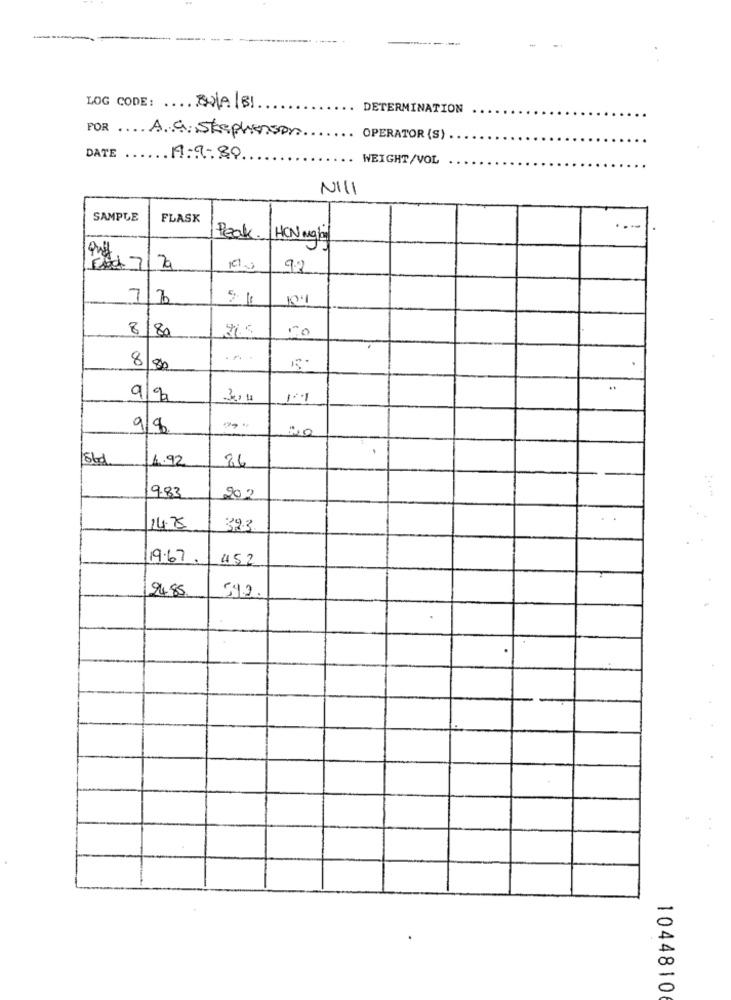
LOG CODE: N/A/B1
DETERMINATION
FOR A.G. Stephenson.
OPERATOR (S) .
DATE
...
.19.9.89
WEIGHT/VOL
NILI
SAMPLE
FLASK
..-
Peak.
HON mail
9.2
8/80
365
8
3,10
9/9
1.92
86
9.83
202
14.75
323
119.67
452
9485
542.
.
-
0
0
1044810